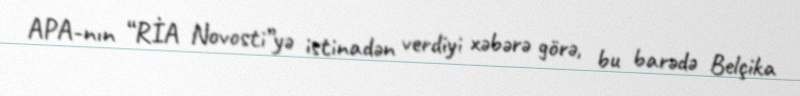
APA-nın “RİA Novosti”yə istinadən verdiyi xəbərə görə, bu barədə Belçika